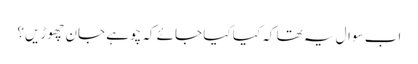
اب سوال یہ تھا کہ کیا کیا جائے کہ چوہے جان چھوڑیں؟